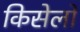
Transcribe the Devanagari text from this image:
किसेलो